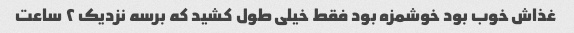
غذاش خوب بود خوشمزه بود فقط خیلی طول کشید که برسه نزدیک ۲ ساعت